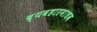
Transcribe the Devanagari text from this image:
व्यवहारमाधव